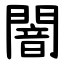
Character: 闇